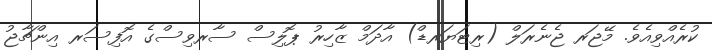
ކުރެއްވިއެވެ. މޭޖަރ ޖެނެރަލް (ރިޓަޔަރޑް) އާދަމް ޒާހިރު ޕޮލިސް ސާރވިސްގެ އޮފިސަރ އިންޗާޖު